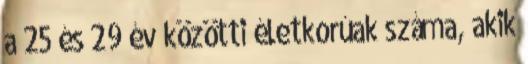
a 25 és 29 év közötti életkorúak száma, akik